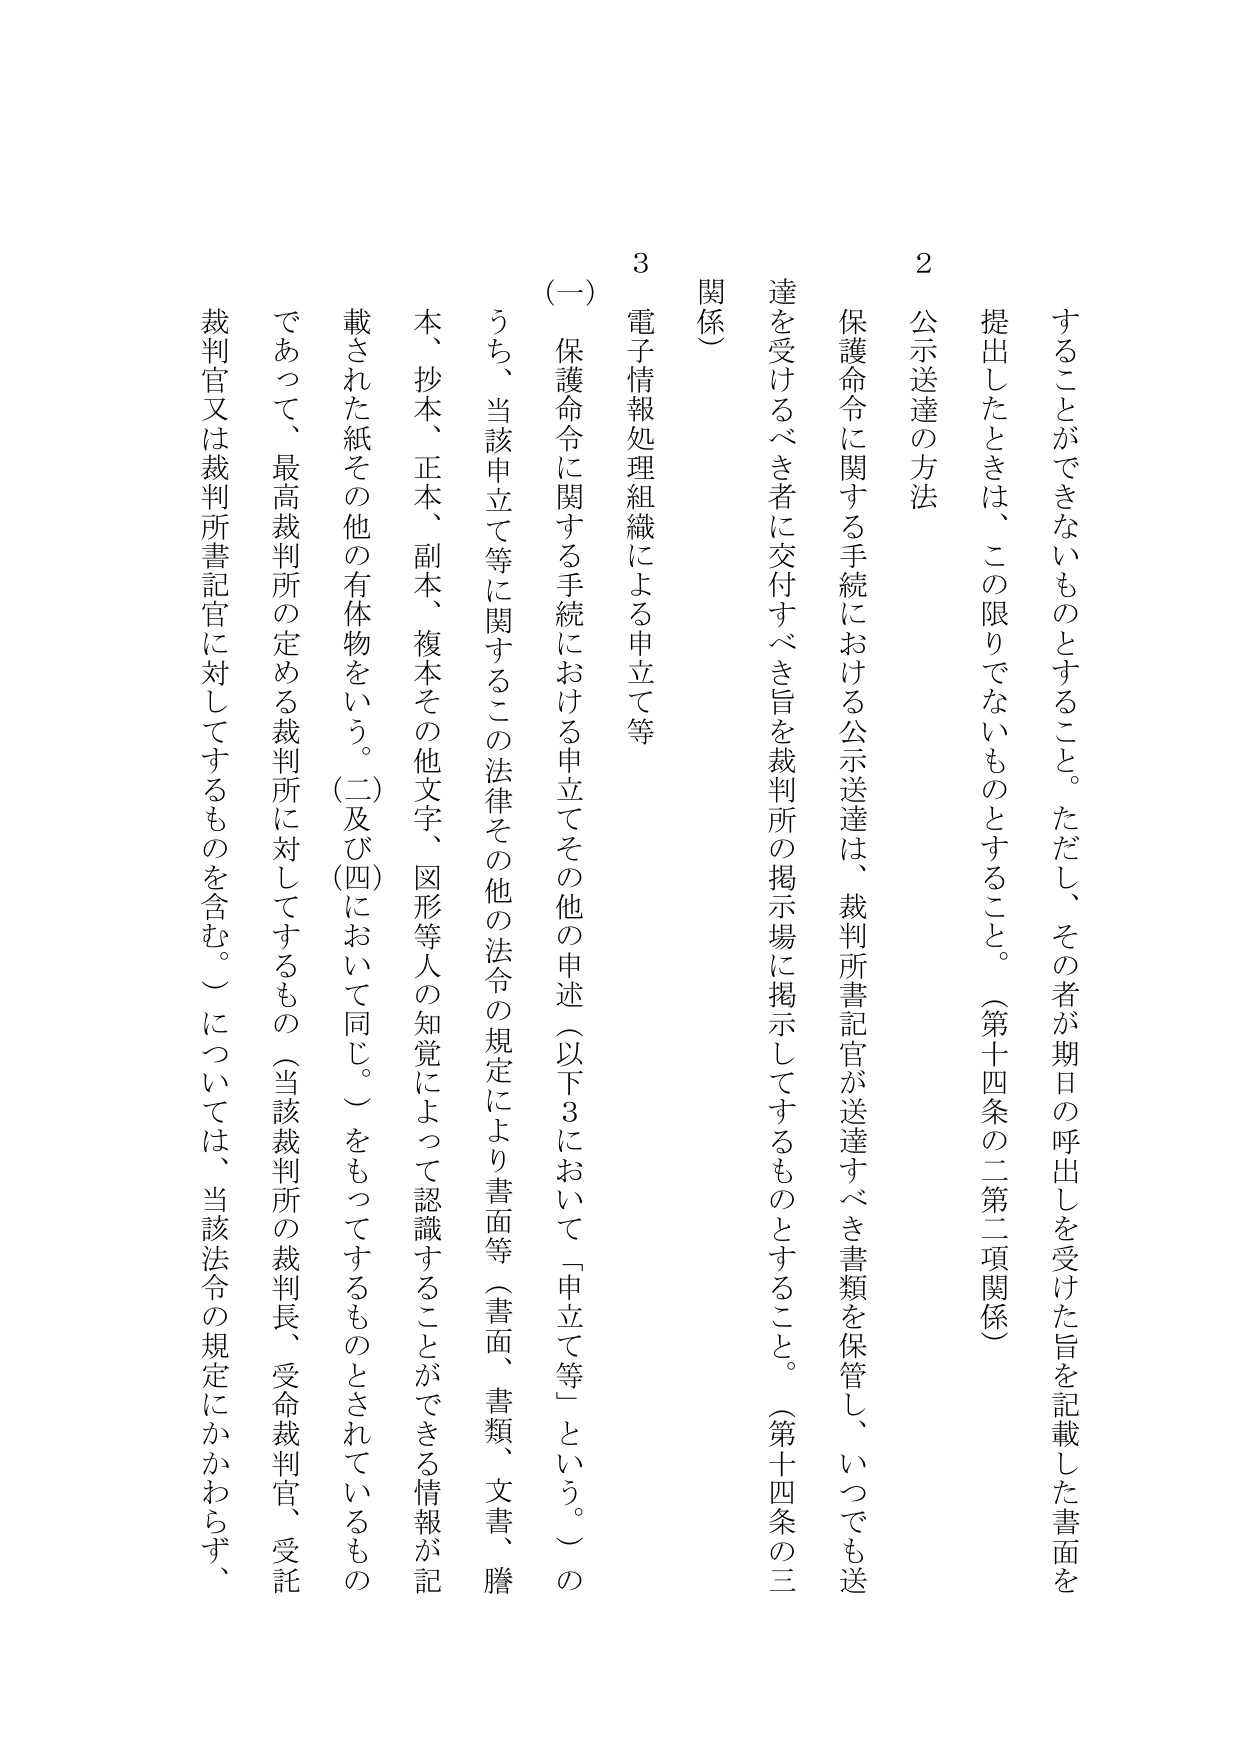
することかできないものとすること。ただし、その者が期日の呼出しが受けた旨を記載した書面を
提出したときは、この限りでないものとすること。（第十四条の二第二項関係）
2 公示送達の方法
保護命令に関する手続における公示送達は、裁判所書記官が送達すべき書類を保管し、いつでも送
達を受けるべき者に交付すべき旨を裁判所の掲示場に掲示してするものとすること。（第十四条の三
関係）
3 電子情報処理組織による申立て等
（一）保護命令に関する手続における申立てその他の申述（以下3において「申立て等」という。）の
うち、当該申立て等に関するこの法律その他の法令の規定により書面等（書面、書類、文書、謄
本、抄本、正本、副本、複本その他文字、図形等人の知覚によって認識することができる情報が記
載された紙その他の有体物をいう。（二及び四において同じ。）をもってするものとされているもの
であって、最高裁判所の定める裁判所に対してするもの（当該裁判所の裁判長、受命裁判官、受託
裁判官又は裁判所書記官に対してするものを含む。）については、当該法令の規定にかかわらず、